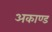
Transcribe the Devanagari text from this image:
अकाण्ड